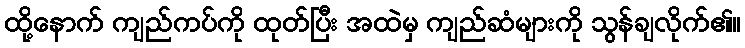
ထို့နောက် ကျည်ကပ်ကို ထုတ်ပြီး အထဲမှ ကျည်ဆံများကို သွန်ချလိုက်၏။